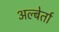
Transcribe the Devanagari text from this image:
अल्बेर्ता